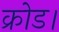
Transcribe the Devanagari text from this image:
क्रोड।